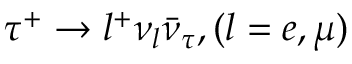
\tau ^ { + } \to l ^ { + } \nu _ { l } \bar { \nu } _ { \tau } , ( l = e , \mu )